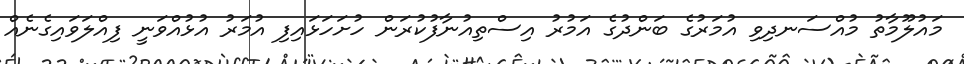
މައުލޫމާތު މުއްސަނދިވި އުމަރުގެ ބަންދުގެ އަމުރު އިސްތިއުނާފުކުރަން ހުށަހަޅައިފި އުމަރު އުޅުއްވަނީ ފިއްލަވައިގެނެއް